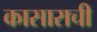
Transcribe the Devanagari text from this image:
कासाराची